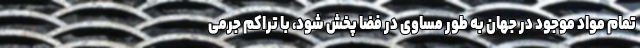
تمام مواد موجود در جهان به طور مساوی در فضا پخش شود، با تراکم جرمی